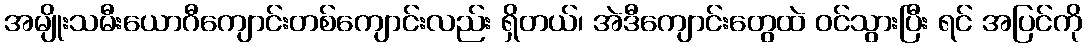
အမျိုးသမီးယောဂီကျောင်းတစ်ကျောင်းလည်း ရှိတယ်၊ အဲဒီကျောင်းတွေထဲ ဝင်သွားပြီး ရင် အပြင်ကို